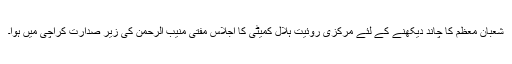
شعبان معظم کا چاند دیکھنے کے لئے مرکزی روئیت ہلال کمیٹی کا اجلاس مفتی منیب الرحمٰن کی زیر صدارت کراچی میں ہوا۔